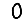
Digit: 0